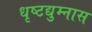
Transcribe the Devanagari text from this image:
धृष्टद्युम्नास